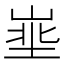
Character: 𪨽